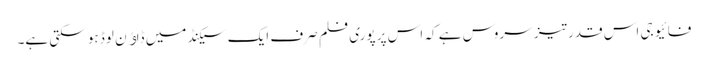
فائیو جی اس قدر تیز سروس ہے کہ اس پر پوری فلم صرف ایک سیکنڈ میں ڈاﺅن لوڈ ہو سکتی ہے۔